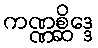
ကဏ္ဏစ္ဆိဒ္ဒေ